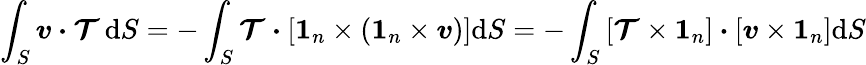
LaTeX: \int_{S}\boldsymbol{v}\boldsymbol{\cdot}\boldsymbol{\mathcal{T}}\, \mathrm{d}S=-\int_{S}\boldsymbol{\mathcal{T}}\boldsymbol{\cdot}\left[\boldsymbol{1}_{n}\times(\boldsymbol{1}_{n}\times\boldsymbol{v})\right]\mathrm{d}S=-\int_{S}\left[\boldsymbol{\mathcal{T}}\times\boldsymbol{1}_{n}\right]\boldsymbol{\cdot}\left[\boldsymbol{v}\times\boldsymbol{1}_{n}\right]\mathrm{d}S